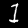
Label: 1